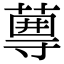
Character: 𡭆